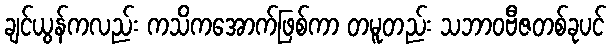
ချင်ယွန်ကလည်း ကသိကအောက်ဖြစ်ကာ တမူတည်း သဘာဝဗီဇတစ်ခုပင်